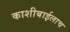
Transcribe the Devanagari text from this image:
काशीबाईलाच